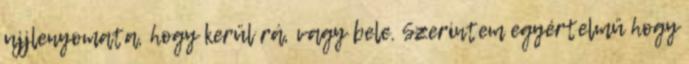
ujjlenyomata, hogy kerül rá, vagy bele. Szerintem egyértelmű hogy